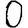
Digit: 0